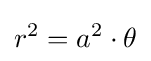
r^{2}=a^{2}\cdot \theta